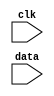
module test(clk, data);
  input clk, data;
  reg notifier;

  specify
    $setup (data, posedge clk, 10, notifier) ;
    $width (posedge clk, 16, 0, notifier) ;
  endspecify
endmodule